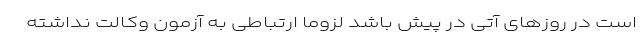
است در روز‌های آتی در پیش باشد لزوماً ارتباطی به آزمون وکالت نداشته